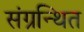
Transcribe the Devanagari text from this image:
संग्रन्थित